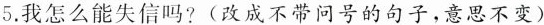
5.我怎么能失信吗?(改成不带问号的句子，意思不变)